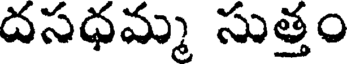
దసధమ్మ సుత్తం